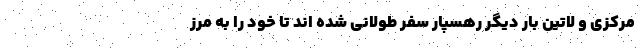
مرکزی و لاتین بار دیگر رهسپار سفر طولانی شده اند تا خود را به مرز